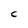
Character: C